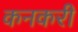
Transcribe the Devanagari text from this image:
कनकरी